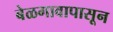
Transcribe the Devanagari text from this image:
बेळगावापासून